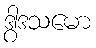
ဒွါဒသမော